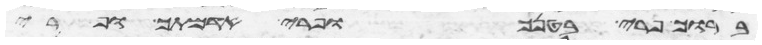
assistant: ברוך פרי בטנך ופרי אדמתך ופרי